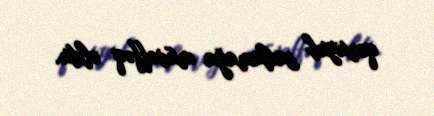
qoruyub saxlamağa müvəffəq oldu.